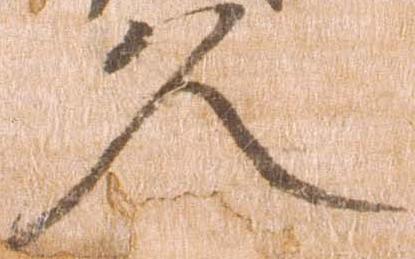
久